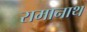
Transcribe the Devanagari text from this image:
रामानाथ